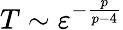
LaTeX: T\sim\varepsilon^{-\frac{p}{p-4}}